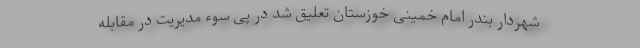
شهردار بندر امام خمینی خوزستان تعلیق شد در پی سوء مدیریت در مقابله